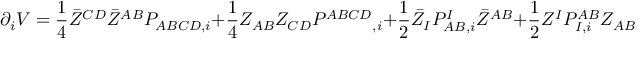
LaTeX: \partial _ { i } V = { \frac { 1 } { 4 } } \bar { Z } ^ { C D } \bar { Z } ^ { A B } P _ { A B C D , i } + { \frac { 1 } { 4 } } Z _ { A B } Z _ { C D } P ^ { A B C D } { } _ { , i } + { \frac { 1 } { 2 } } \bar { Z } _ { I } P _ { A B , i } ^ { I } \bar { Z } ^ { A B } + { \frac { 1 } { 2 } } Z ^ { I } P _ { I , i } ^ { A B } Z _ { A B } = 0 \ .